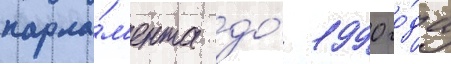
парла́м'ента до́ 1990 го́да